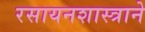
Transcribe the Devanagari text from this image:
रसायनशास्त्राने